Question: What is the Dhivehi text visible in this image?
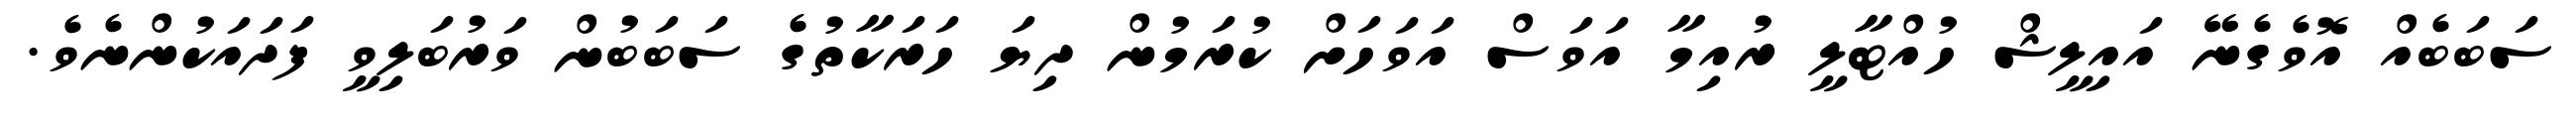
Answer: ސަބަބެއް އޮވެގެނޭ އައިލީޝް ހުއްޓާލީ ރުއިމާ އަވަސް އަވަހަށް ކުރަމުން ދިޔަ ހަރަކާތުގެ ސަބަބުން ވަރުބަލިވީ ފަދައަކުންނެވެ.